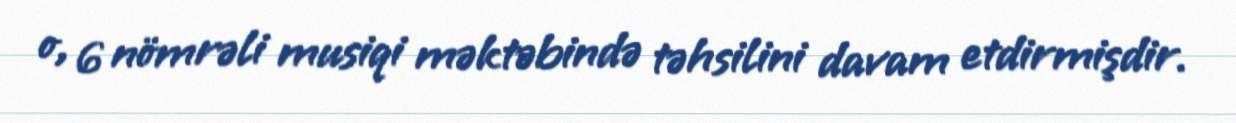
o, 6 nömrəli musiqi məktəbində təhsilini davam etdirmişdir.